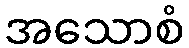
အသောစံ